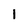
Character: 1